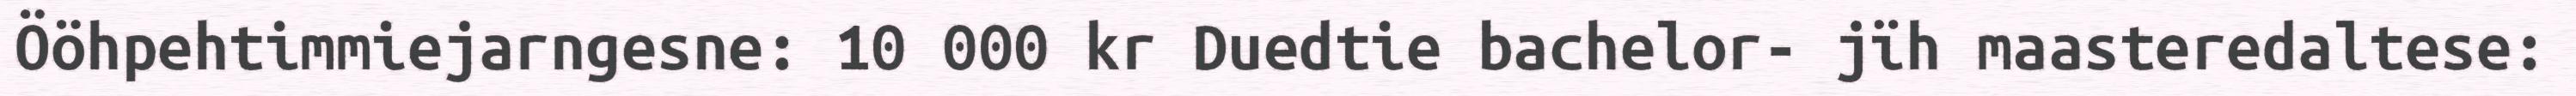
Ööhpehtimmiejarngesne: 10 000 kr Duedtie bachelor- jïh maasteredaltese: